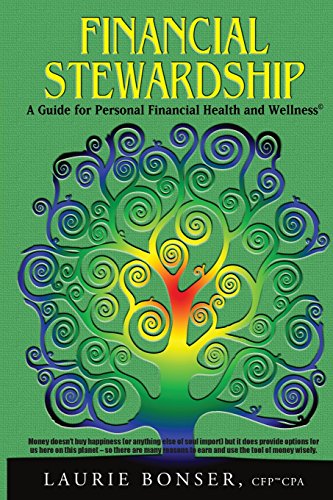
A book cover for Financial Stewardship: A Guide for Personal Financial Health and Wellness; Laurie Bonser; Business & Money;